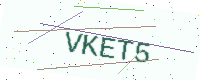
Text: VKET5